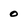
Character: 0